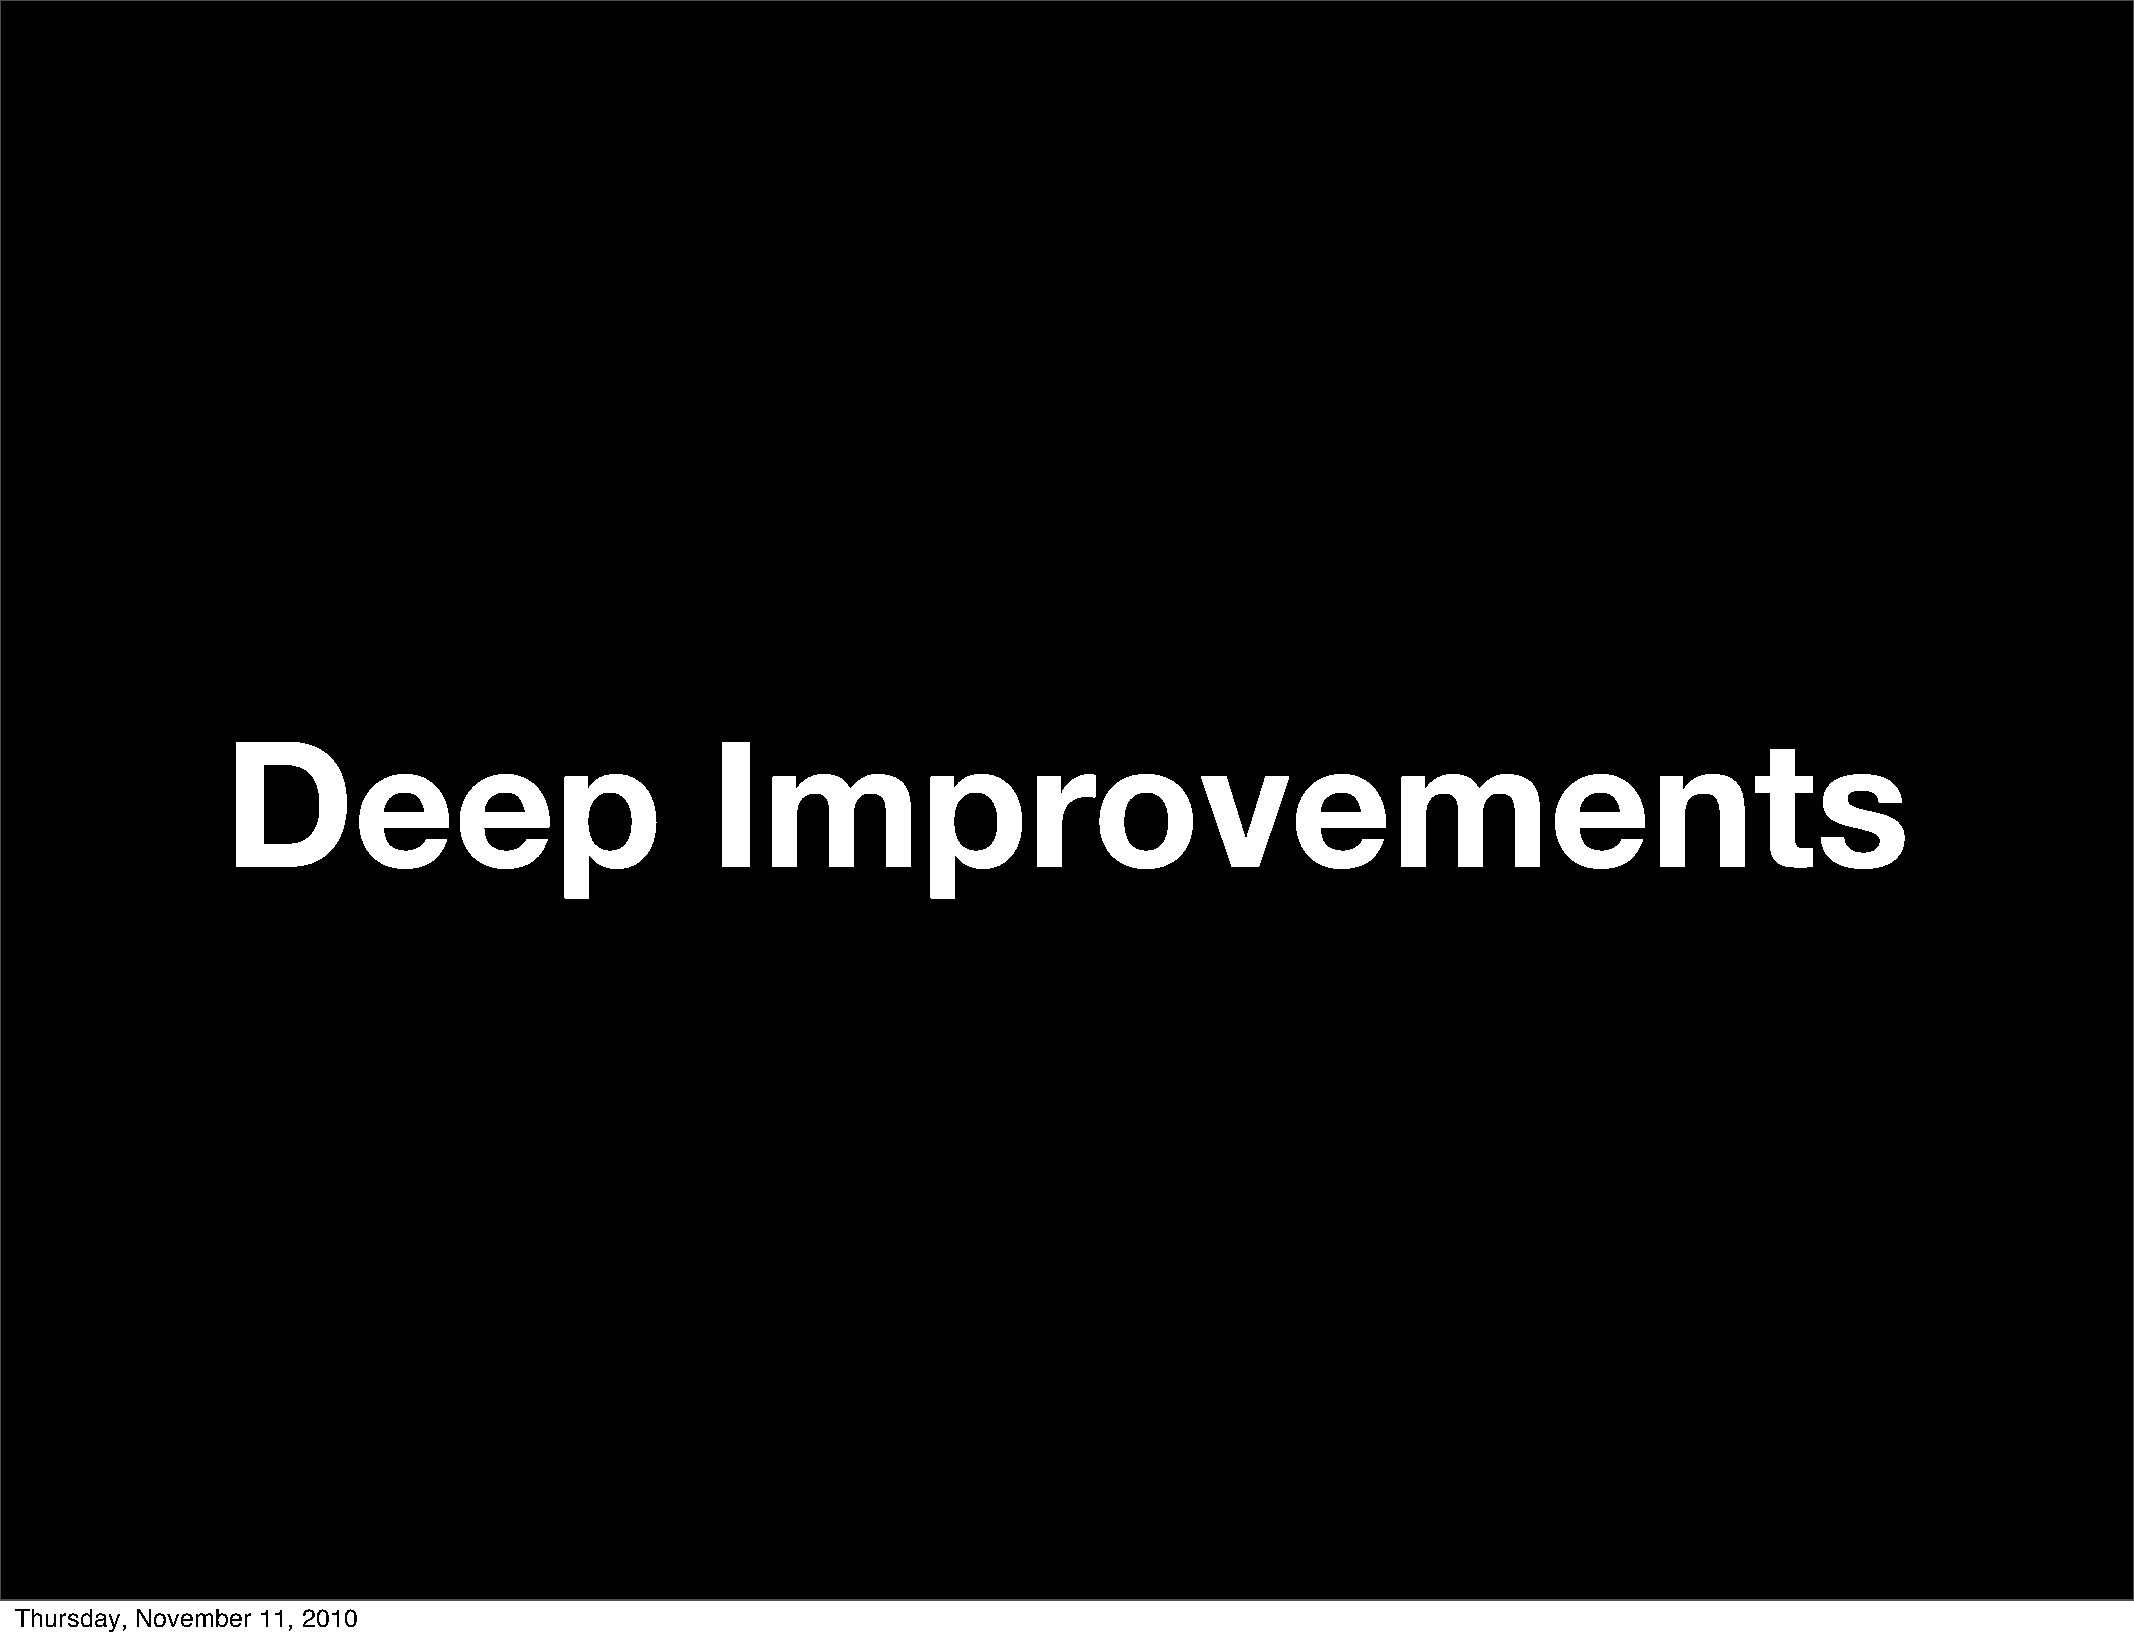
Deep                            Improvements
 Thursday, November 11, 2010